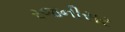
રજનીસર